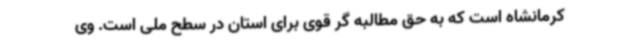
کرمانشاه است که به حق مطالبه گر قوی برای استان در سطح ملی است. وی